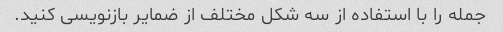
جمله را با استفاده از سه شکل مختلف از ضمایر بازنویسی کنید.